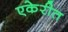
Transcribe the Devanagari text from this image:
एकेरीत